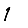
Digit: 1